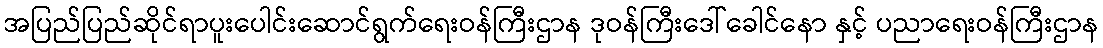
အပြည်ပြည်ဆိုင်ရာပူးပေါင်းဆောင်ရွက်ရေးဝန်ကြီးဌာန ဒုဝန်ကြီးဒေါ်ခေါင်နော နှင့် ပညာရေးဝန်ကြီးဌာန